Vaccination in Burma 1900-1911 - 1900-1911
Year: 1900
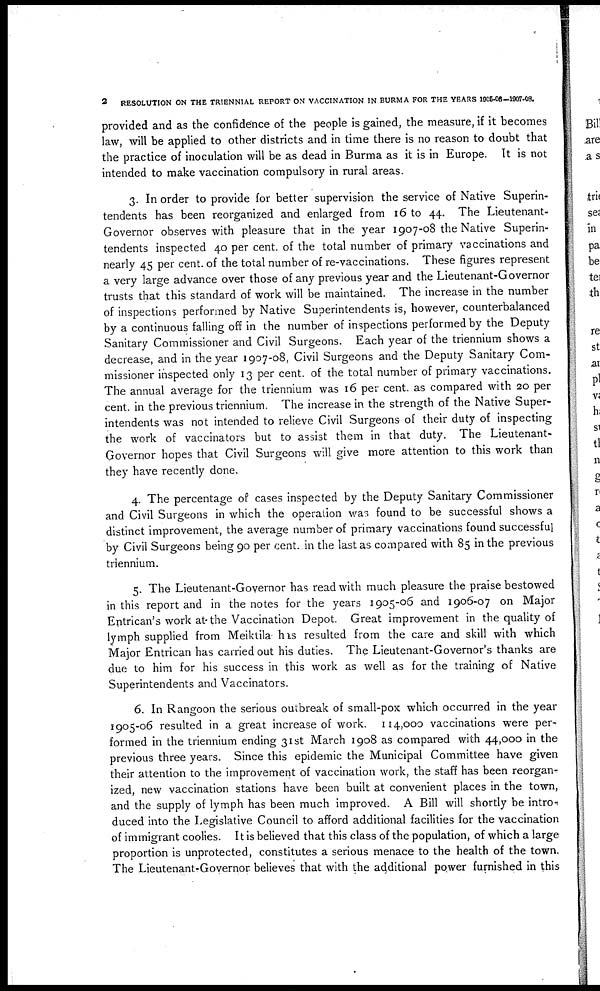
2
RESOLUTION ON THE TRIENNIAL REPORT ON VACCINATION IN BURMA FOR THE YEARS 1905-06—1907-08.
provided and as the confidence of the people is gained, the measure, if it becomes
law, will be applied to other districts and in time there is no reason to doubt that
the practice of inoculation will be as dead in Burma as it is in Europe. It is not
intended to make vaccination compulsory in rural areas.
3. In order to provide for better supervision the service of Native Superin-
tendents has been reorganized and enlarged from 16 to 44. The Lieutenant-
Governor observes with pleasure that in the year 1907-08 the Native Superin-
tendents inspected 40 per cent. of the total number of primary vaccinations and
nearly 45 per cent. of the total number of re-vaccinations. These figures represent
a very large advance over those of any previous year and the Lieutenant-Governor
trusts that this standard of work will be maintained. The increase in the number
of inspections performed by Native Superintendents is, however, counterbalanced
by a continuous falling off in the number of inspections performed by the Deputy
Sanitary Commissioner and Civil Surgeons. Each year of the triennium shows a
decrease, and in the year 1907-08, Civil Surgeons and the Deputy Sanitary Com-
missioner inspected only 13 per cent. of the total number of primary vaccinations.
The annual average for the triennium was 16 per cent. as compared with 20 per
cent. in the previous triennium. The increase in the strength of the Native Super-
intendents was not intended to relieve Civil Surgeons of their duty of inspecting
the work of vaccinators but to assist them in that duty. The Lieutenant-
Governor hopes that Civil Surgeons will give more attention to this work than
they have recently done.
4. The percentage of cases inspected by the Deputy Sanitary Commissioner
and Civil Surgeons in which the operation was found to be successful shows a
distinct improvement, the average number of primary vaccinations found successful
by Civil Surgeons being 90 per cent. in the last as compared with 85 in the previous
triennium.
5. The Lieutenant-Governor has read with much pleasure the praise bestowed
in this report and in the notes for the years 1905-06 and 1906-07 on Major
Entrican's work at the Vaccination Depôt. Great improvement in the quality of
lymph supplied from Meiktila his resulted from the care and skill with which
Major Entrican has carried out his duties. The Lieutenant-Governor's thanks are
due to him for his success in this work as well as for the training of Native
Superintendents and Vaccinators.
6. In Rangoon the serious outbreak of small-pox which occurred in the year
1905-06 resulted in a great increase of work. 114,000 vaccinations were per-
formed in the triennium ending 31st March 1908 as compared with 44,000 in the
previous three years. Since this epidemic the Municipal Committee have given
their attention to the improvement of vaccination work, the staff has been reorgan-
ized, new vaccination stations have been built at convenient places in the town,
and the supply of lymph has been much improved. A Bill will shortly be intro-
duced into the Legislative Council to afford additional facilities for the vaccination
of immigrant coolies. It is believed that this class of the population, of which a large
proportion is unprotected, constitutes a serious menace to the health of the town.
The Lieutenant-Governor believes that with the additional power furnished in this